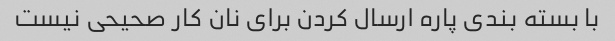
با بسته بندی پاره ارسال کردن برای نان کار صحیحی نیست